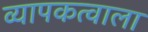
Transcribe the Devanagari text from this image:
व्यापकत्वाला